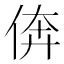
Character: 倴